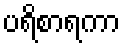
ပရိစာရကာ